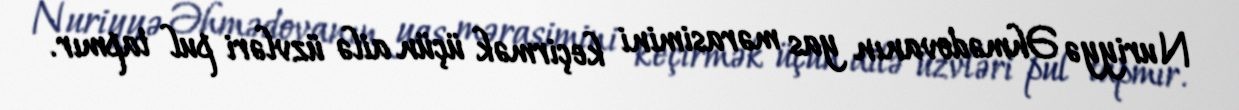
Nuriyyə Əhmədovanın yas mərasimini keçirmək üçün ailə üzvləri pul tapmır.